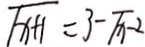
\sqrt { x + 1 } = 3 - \sqrt { x - 2 }